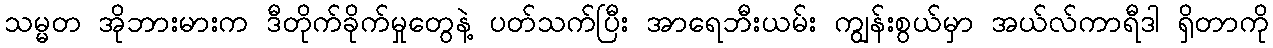
သမ္မတ အိုဘားမားက ဒီတိုက်ခိုက်မှုတွေနဲ့ ပတ်သက်ပြီး အာရေဘီးယမ်း ကျွန်းစွယ်မှာ အယ်လ်ကာရီဒါ ရှိတာကို